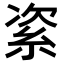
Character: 𥿩